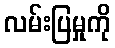
လမ်းပြမှုကို